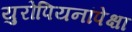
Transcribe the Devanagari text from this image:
युरोपियनांपेक्षा